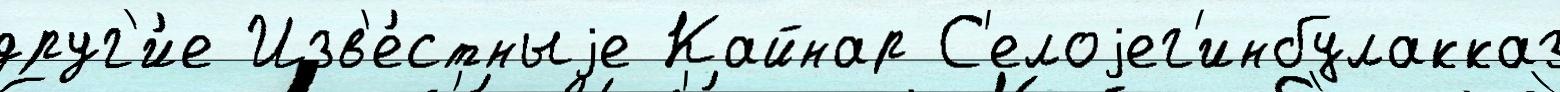
друг'и́е Изв'е́стныjе Кайнар С'елоjег'инбулакказ